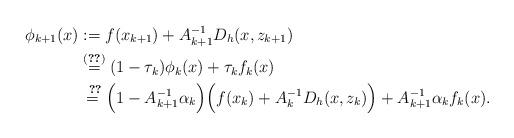
LaTeX: \begin{align*}\phi_{k+1}(x) &:= f(x_{k+1}) + A_{k+1}^{-1}D_h(x, z_{k+1}) \\& \overset{\eqref{Eq:Est}}{=} (1 - \tau_k) \phi_k(x) + \tau_k f_k(x) \\&\overset{~\ref{table:Table}}{=} \Big(1 - A_{k+1}^{-1}\alpha_k \Big)\Big(f(x_k) +A_k^{-1} D_h(x, z_k)\Big) +A_{k+1}^{-1} \alpha_k f_k(x).\end{align*}